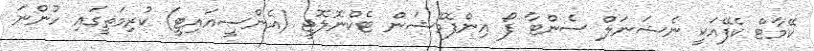
ކޭމާޓް ކެފޭއަކީ ނެޝަނަލް ސެންޓާ ފޯ އިންފޮމޭޝަން ޓެކްނޮލޮޖީ (އެންސީއައިޓީ) ކުރިމަތީގައި ހުންނަ